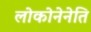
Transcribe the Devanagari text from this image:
लोकोनेनेति